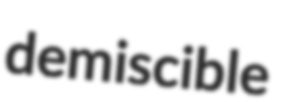
demiscible